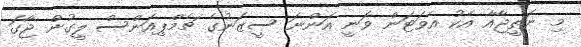
މި ނަތީޖާއާ އެކު އެވަޓަން ވަނީ އަންނަ ސީޒަނުގެ ޗެމްޕިއަންސް ލީގުން ޖާގަ